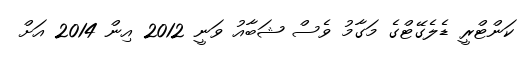
ކަންޓްރީ ޑެލެގޭޓްގެ މަގާމު ވެސް ޝަބާއު ވަނީ 2012 އިން 2014 އަށް